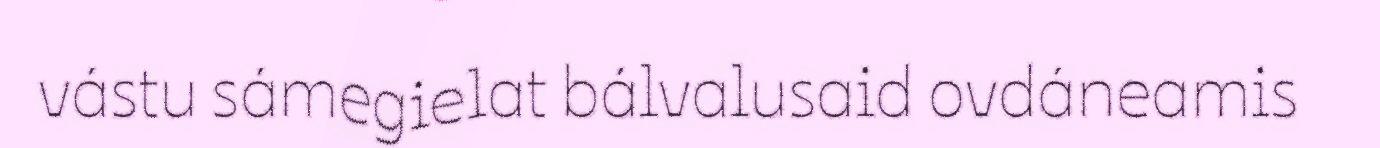
vástu sámegielat bálvalusaid ovdáneamis